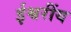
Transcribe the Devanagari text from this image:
ईश्वरींय